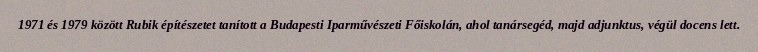
1971 és 1979 között Rubik építészetet tanított a Budapesti Iparművészeti Főiskolán, ahol tanársegéd, majd adjunktus, végül docens lett.